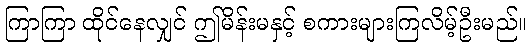
ကြာကြာ ထိုင်နေလျှင် ဤမိန်းမနှင့် စကားများကြလိမ့်ဦးမည်။